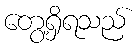
တွေ့ရှိရသည်